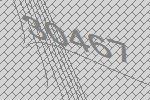
30467